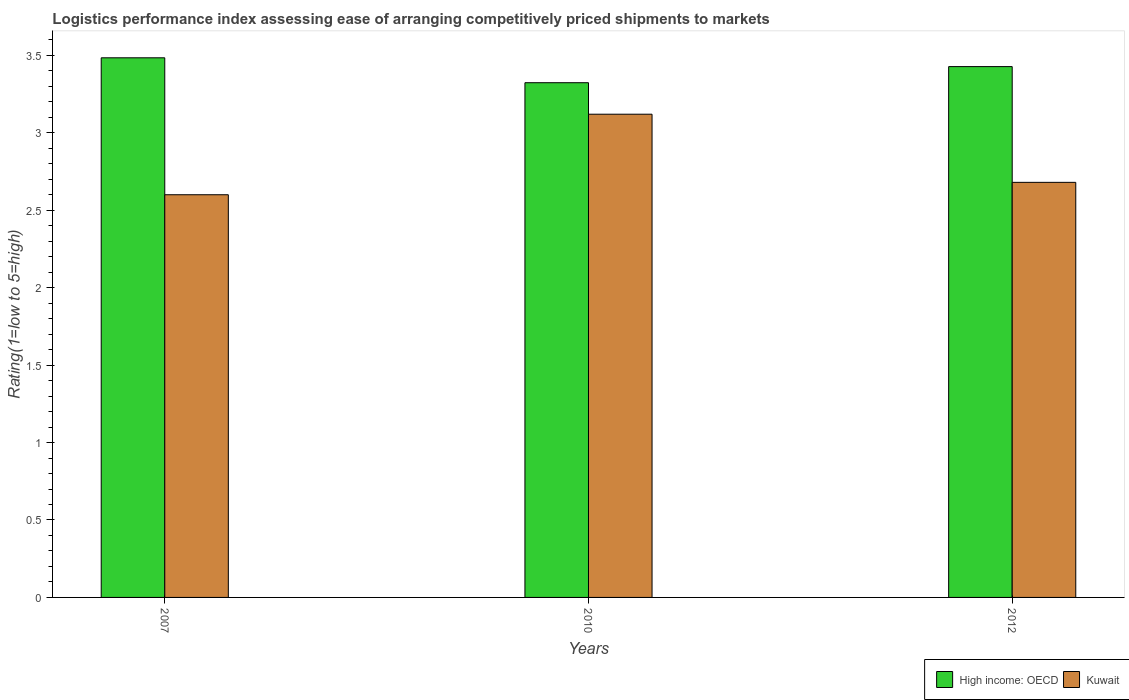
| Years | High income: OECD | Kuwait |
 | --- | --- | --- |
 | 2007 | 3.48 | 2.6 |
 | 2010 | 3.32 | 3.12 |
 | 2012 | 3.43 | 2.68 |